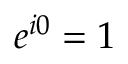
e ^ { i 0 } = 1